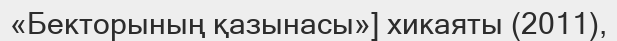
«Бекторының қазынасы»] хикаяты (2011),